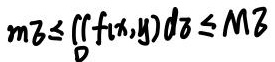
$$m\sigma\leqslant\iint\limits_{D}f(x,y)d\sigma\leqslant M\sigma$$